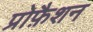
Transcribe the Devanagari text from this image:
प्रोफ़ैशन